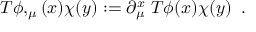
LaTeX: T \phi , _ { \mu } ( x ) \chi ( y ) : = \partial _ { \mu } ^ { x } \; T \phi ( x ) \chi ( y ) \; \; . \nonumber